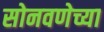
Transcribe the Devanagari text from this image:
सोनवणेच्या